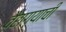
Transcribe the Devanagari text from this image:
वैराग्‍याची